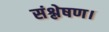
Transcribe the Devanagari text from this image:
संश्लेषण।